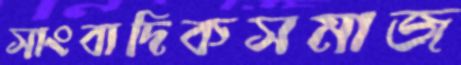
সাংবাদিকসমাজ